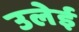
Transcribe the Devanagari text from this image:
उलेई